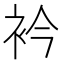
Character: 衿